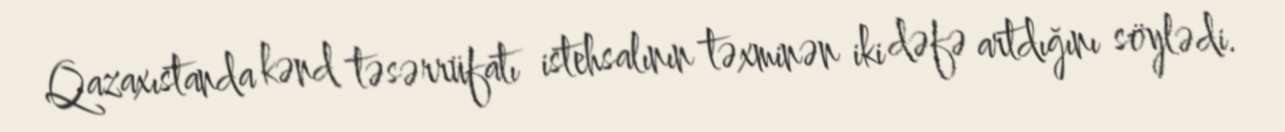
Qazaxıstanda kənd təsərrüfatı istehsalının təxminən iki dəfə artdığını söylədi.